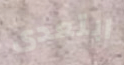
ابتعدى